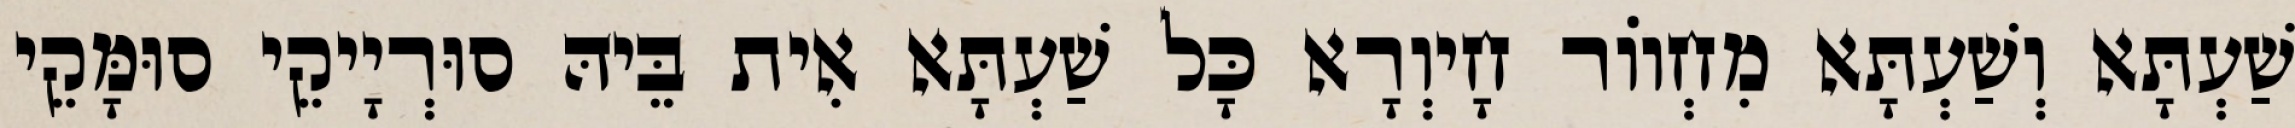
שַׁעְתָּא וְשַׁעְתָּא מִחְווֹר חָיוְרָא כָּל שַׁעְתָּא אִית בֵּיהּ סוּרְיָיקֵי סוּמָּקֵי